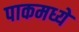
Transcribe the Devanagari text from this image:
पाकमध्ये